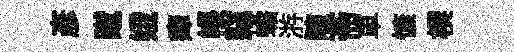
彥蹴娥瘴帳竊蟾㳺陳斋車慷楔